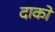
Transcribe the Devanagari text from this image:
दाकों